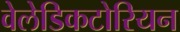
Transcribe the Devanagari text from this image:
वेलेडिकटोरियन